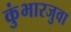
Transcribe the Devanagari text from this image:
कुंभारजुवा